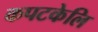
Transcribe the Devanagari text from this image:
कपटकेलि